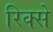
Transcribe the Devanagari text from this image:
रिक्से